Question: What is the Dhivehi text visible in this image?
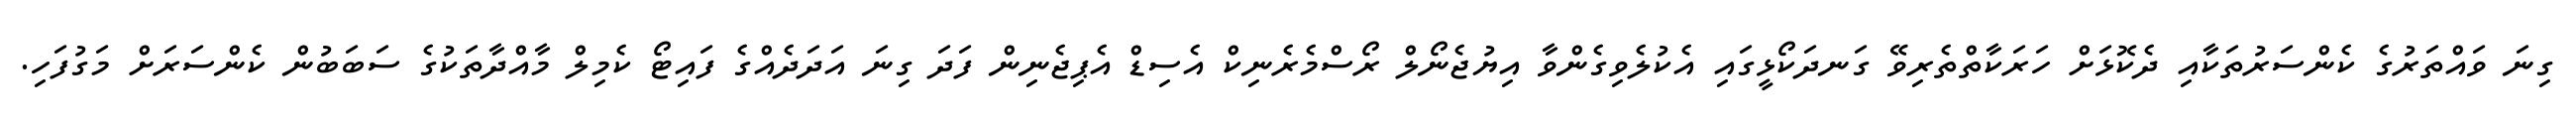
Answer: ގިނަ ވައްތަރުގެ ކެންސަރުތަކާއި ދެކޮޅަށް ހަރަކާތްތެރިވޭ ގަނދަކޯޅީގައި އެކުލެވިގެންވާ އިޔުޖެނޯލް ރޯސްމެރެނިކް އެސިޑް އެޕިޖެނިން ފަދަ ގިނަ އަދަދެއްގެ ފައިޓޯ ކެމިލް މާއްދާތަކުގެ ސަބަބުން ކެންސަރަށް މަގުފަހި.